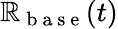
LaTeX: \mathbb{R}_{\mathrm{{~b~a~s~e~}}}(t)